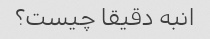
انبه دقیقا چیست؟